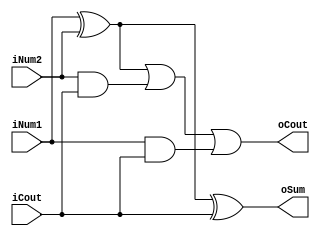
/************************************************
1
Verilog-2001
input    iNum1,iNum2   1bit
               iCout     1bit
      output   oSum     1bit
               oCout	 	 1bit
      

      
		
2017/12/27  
************************************************/
module oneBitFullAdd(
input		iNum1,iNum2,iCout,
output	oSum,oCout);
assign	oSum = iNum1 ^ iNum2 ^ iCout;
assign	oCout = (iNum1 ^ iNum2) | (iNum2 & iCout) 
               | (iNum1 & iCout);
endmodule